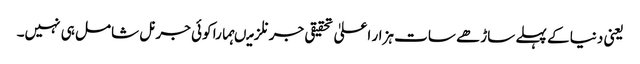
یعنی دنیا کے پہلے ساڑھے سات ہزار اعلیٰ تحقیقی جرنلز میںہمارا کوئی جرنل شامل ہی نہیں۔